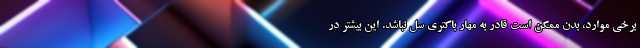
برخی موارد، بدن ممکن است قادر به مهار باکتری سل نباشد. این بیشتر در